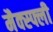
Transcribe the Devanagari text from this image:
मैक्स्फ्ली